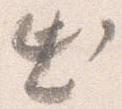
出